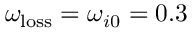
\omega _ { \mathrm { l o s s } } = \omega _ { i 0 } = 0 . 3